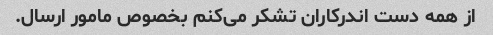
از همه دست اندرکاران تشکر می‌کنم بخصوص مامور ارسال.